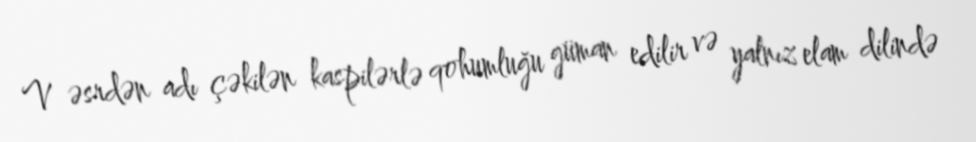
V əsrdən adı çəkilən kaspilərlə qohumluğu güman edilir və yalnız elam dilində